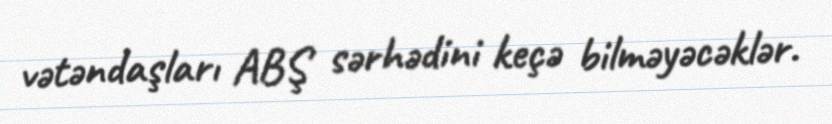
vətəndaşları ABŞ sərhədini keçə bilməyəcəklər.